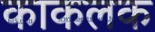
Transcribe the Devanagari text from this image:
काकलक